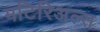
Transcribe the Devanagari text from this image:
मटिरिअल्स